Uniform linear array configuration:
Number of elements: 16
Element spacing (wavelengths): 0.75
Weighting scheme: hamming
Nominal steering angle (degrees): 45
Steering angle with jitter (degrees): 45.798
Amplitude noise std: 0.05
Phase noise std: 0.05

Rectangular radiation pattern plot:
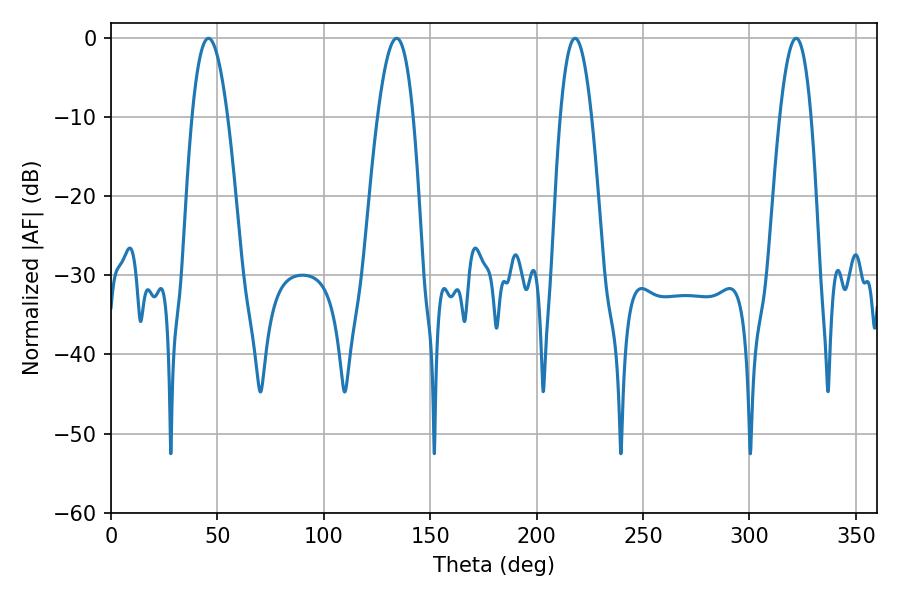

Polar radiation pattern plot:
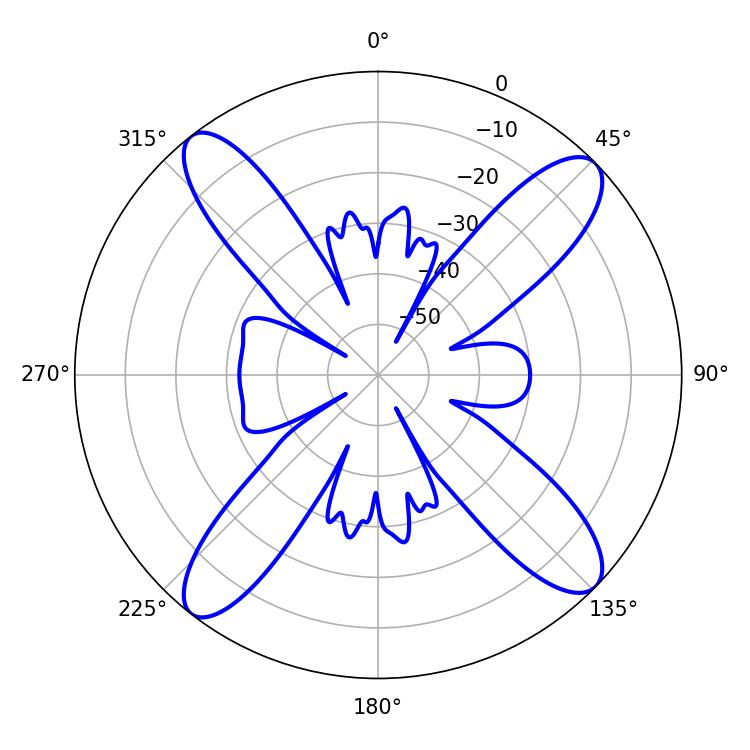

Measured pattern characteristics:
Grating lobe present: TRUE
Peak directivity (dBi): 15.216
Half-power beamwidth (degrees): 9.18
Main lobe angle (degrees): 134.28